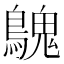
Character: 𪄔